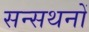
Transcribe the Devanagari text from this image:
सन्सथनों